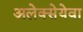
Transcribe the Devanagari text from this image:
अलेक्सेयेवा